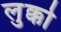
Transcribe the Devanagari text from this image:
लुक्को